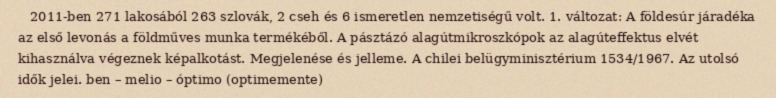
2011-ben 271 lakosából 263 szlovák, 2 cseh és 6 ismeretlen nemzetiségű volt. 1. változat: A földesúr járadéka az első levonás a földműves munka termékéből. A pásztázó alagútmikroszkópok az alagúteffektus elvét kihasználva végeznek képalkotást. Megjelenése és jelleme. A chilei belügyminisztérium 1534/1967. Az utolsó idők jelei. ben – melio – óptimo (optimemente)